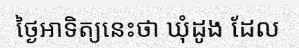
ថ្ងៃអាទិត្យនេះថា ឃុំដូង ដែល